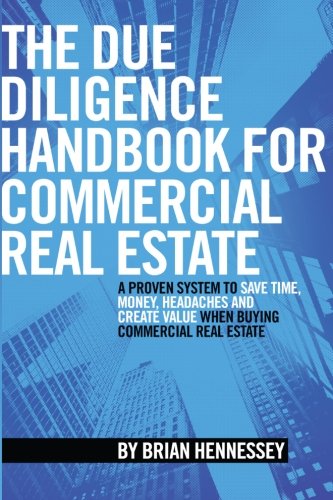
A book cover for The Due Diligence Handbook For Commercial Real Estate: A Proven System To Save Time, Money, Headaches And Create Value When Buying Commercial Real Estate (REVISED AND UPDATED EDITION); Mr. Brian Hennessey; Business & Money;